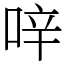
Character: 㖕